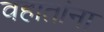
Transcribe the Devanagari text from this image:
वहातांना